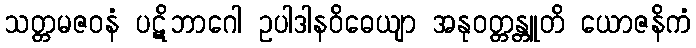
သတ္တမဇဝနံ ပဋိဘာဂေါ ဥပါဒါနဝိဓေယျာ အနုဝတ္တန္တူတိ ယောဇနိကံ